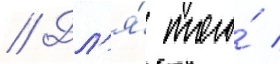
// Дл'я́ того́ /